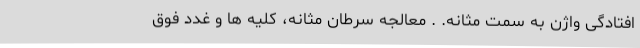
افتادگی واژن به سمت مثانه. . معالجه سرطان مثانه، کلیه ها و غدد فوق